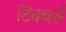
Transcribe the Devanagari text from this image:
टिंक्चर्स